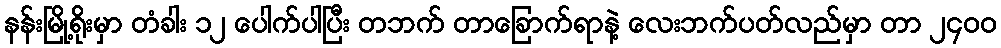
နန်းမြို့ရိုးမှာ တံခါး ၁၂ ပေါက်ပါပြီး တဘက် တာခြောက်ရာနဲ့ လေးဘက်ပတ်လည်မှာ တာ ၂၄၀၀